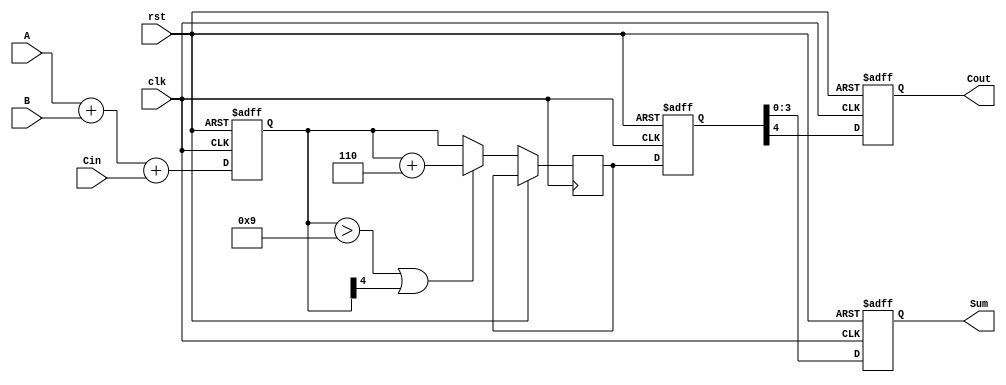
module BCD_Pipelined_Adder (
    input wire clk,        // Clock signal
    input wire rst,        // Reset signal
    input wire [3:0] A,    // BCD input A
    input wire [3:0] B,    // BCD input B
    input wire Cin,        // Carry-in
    output reg [3:0] Sum,  // BCD output Sum
    output reg Cout        // Carry-out
);

// Internal signals
reg [4:0] raw_sum;       // Raw sum including carry
reg [4:0] corrected_sum; // Corrected sum after BCD adjustment

// Pipelining registers
reg [4:0] stage_1_reg;   // Stage 1 register
reg [4:0] stage_2_reg;   // Stage 2 register

// Stage 1: Binary addition
always @(posedge clk or posedge rst) begin
    if (rst) begin
        stage_1_reg <= 5'b0; // Reset stage 1 register
    end else begin
        stage_1_reg <= {1'b0, A} + {1'b0, B} + Cin; // Perform binary addition
    end
end

// Stage 2: BCD correction
always @(posedge clk or posedge rst) begin
    if (rst) begin
        stage_2_reg <= 5'b0; // Reset stage 2 register
    end else begin
        if (stage_1_reg > 5'b01001 || stage_1_reg[4] == 1'b1) begin
            corrected_sum <= stage_1_reg + 5'b00110; // Add 6 for BCD correction
        end else begin
            corrected_sum <= stage_1_reg; // No correction needed
        end
        stage_2_reg <= corrected_sum; // Store the corrected sum
    end
end

// Stage 3: Output stage
always @(posedge clk or posedge rst) begin
    if (rst) begin
        Sum <= 4'b0; // Reset Sum
        Cout <= 1'b0; // Reset Cout
    end else begin
        Sum <= stage_2_reg[3:0]; // Output the 4-bit BCD Sum
        Cout <= stage_2_reg[4]; // Carry out (bit 4)
    end
end

endmodule